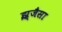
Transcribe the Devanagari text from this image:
झ्र्जैसा